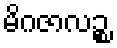
မိဂဇာလဉ္စ